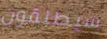
سيطلقون